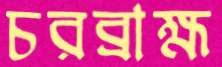
চরব্রাহ্ম